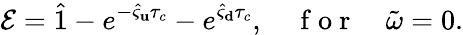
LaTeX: \mathcal{E}=\hat{1}-e^{-\hat{\varsigma}_{\mathbf u}\tau_{c}}-e^{\hat{\varsigma}_{\mathbf d}\tau_{c}},\quad\mathrm{~f~o~r~}\quad\tilde{\omega}=0.